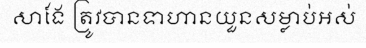
សាងែ ត្រូវបានទាហានយួនសម្លាប់អស់